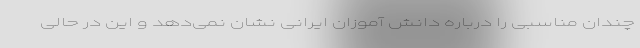
چندان مناسبی را درباره دانش آموزان ایرانی نشان نمی‌دهد و این در حالی